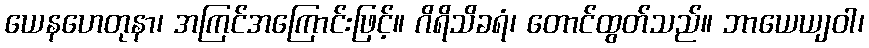
ယေနဟေတုနာ၊ အကြင်အကြောင်းဖြင့်။ ဂိရိသိခရံ၊ တောင်ထွတ်သည်။ ဘာယေယျဝါ၊